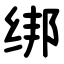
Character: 绑